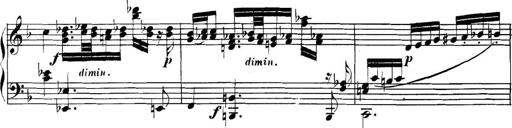
Title: Collected Piano Sonatas
Composer: Muzio Clementi